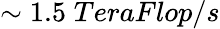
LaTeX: \sim 1.5\; TeraFlop/s